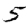
Digit: 5